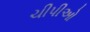
ચીપીઓ